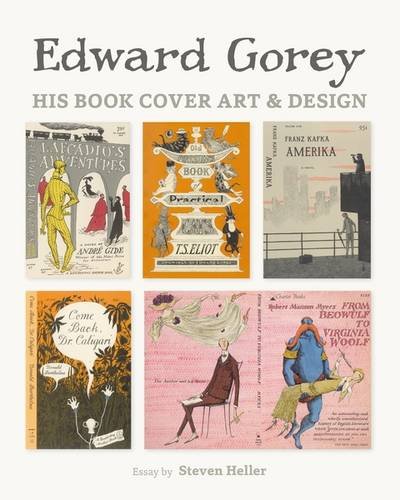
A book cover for Edward Gorey: His Book Cover Art and Design; Edward Gorey; Arts & Photography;